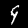
Label: 9